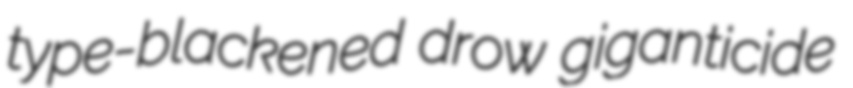
type-blackened drow giganticide